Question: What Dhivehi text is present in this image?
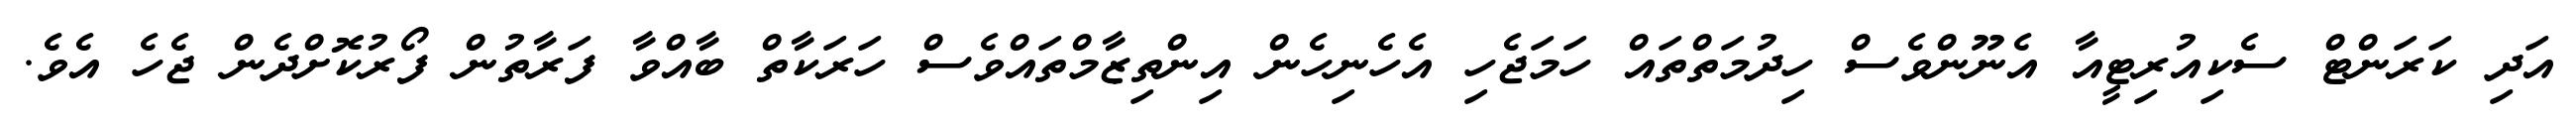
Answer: އަދި ކަރަންޓް ސެކިއުރިޓީއާ އެނޫންވެސް ހިދުމަތްތައް ހަމަޖެހި އެހެނިހެން އިންތިޒާމްތައްވެސް ހަރަކާތް ބާއްވާ ފަރާތުން ފޯރުކޮށްދެން ޖެހެ އެވެ.